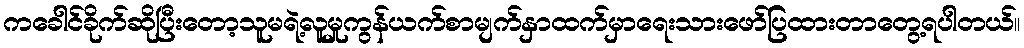
ကခေါင်ခိုက်ဆိုပြီးတော့သူမရဲ့လူမှုကွန်ယက်စာမျက်နှာထက်မှာရေးသားဖော်ပြထားတာတွေ့ရပါတယ်။